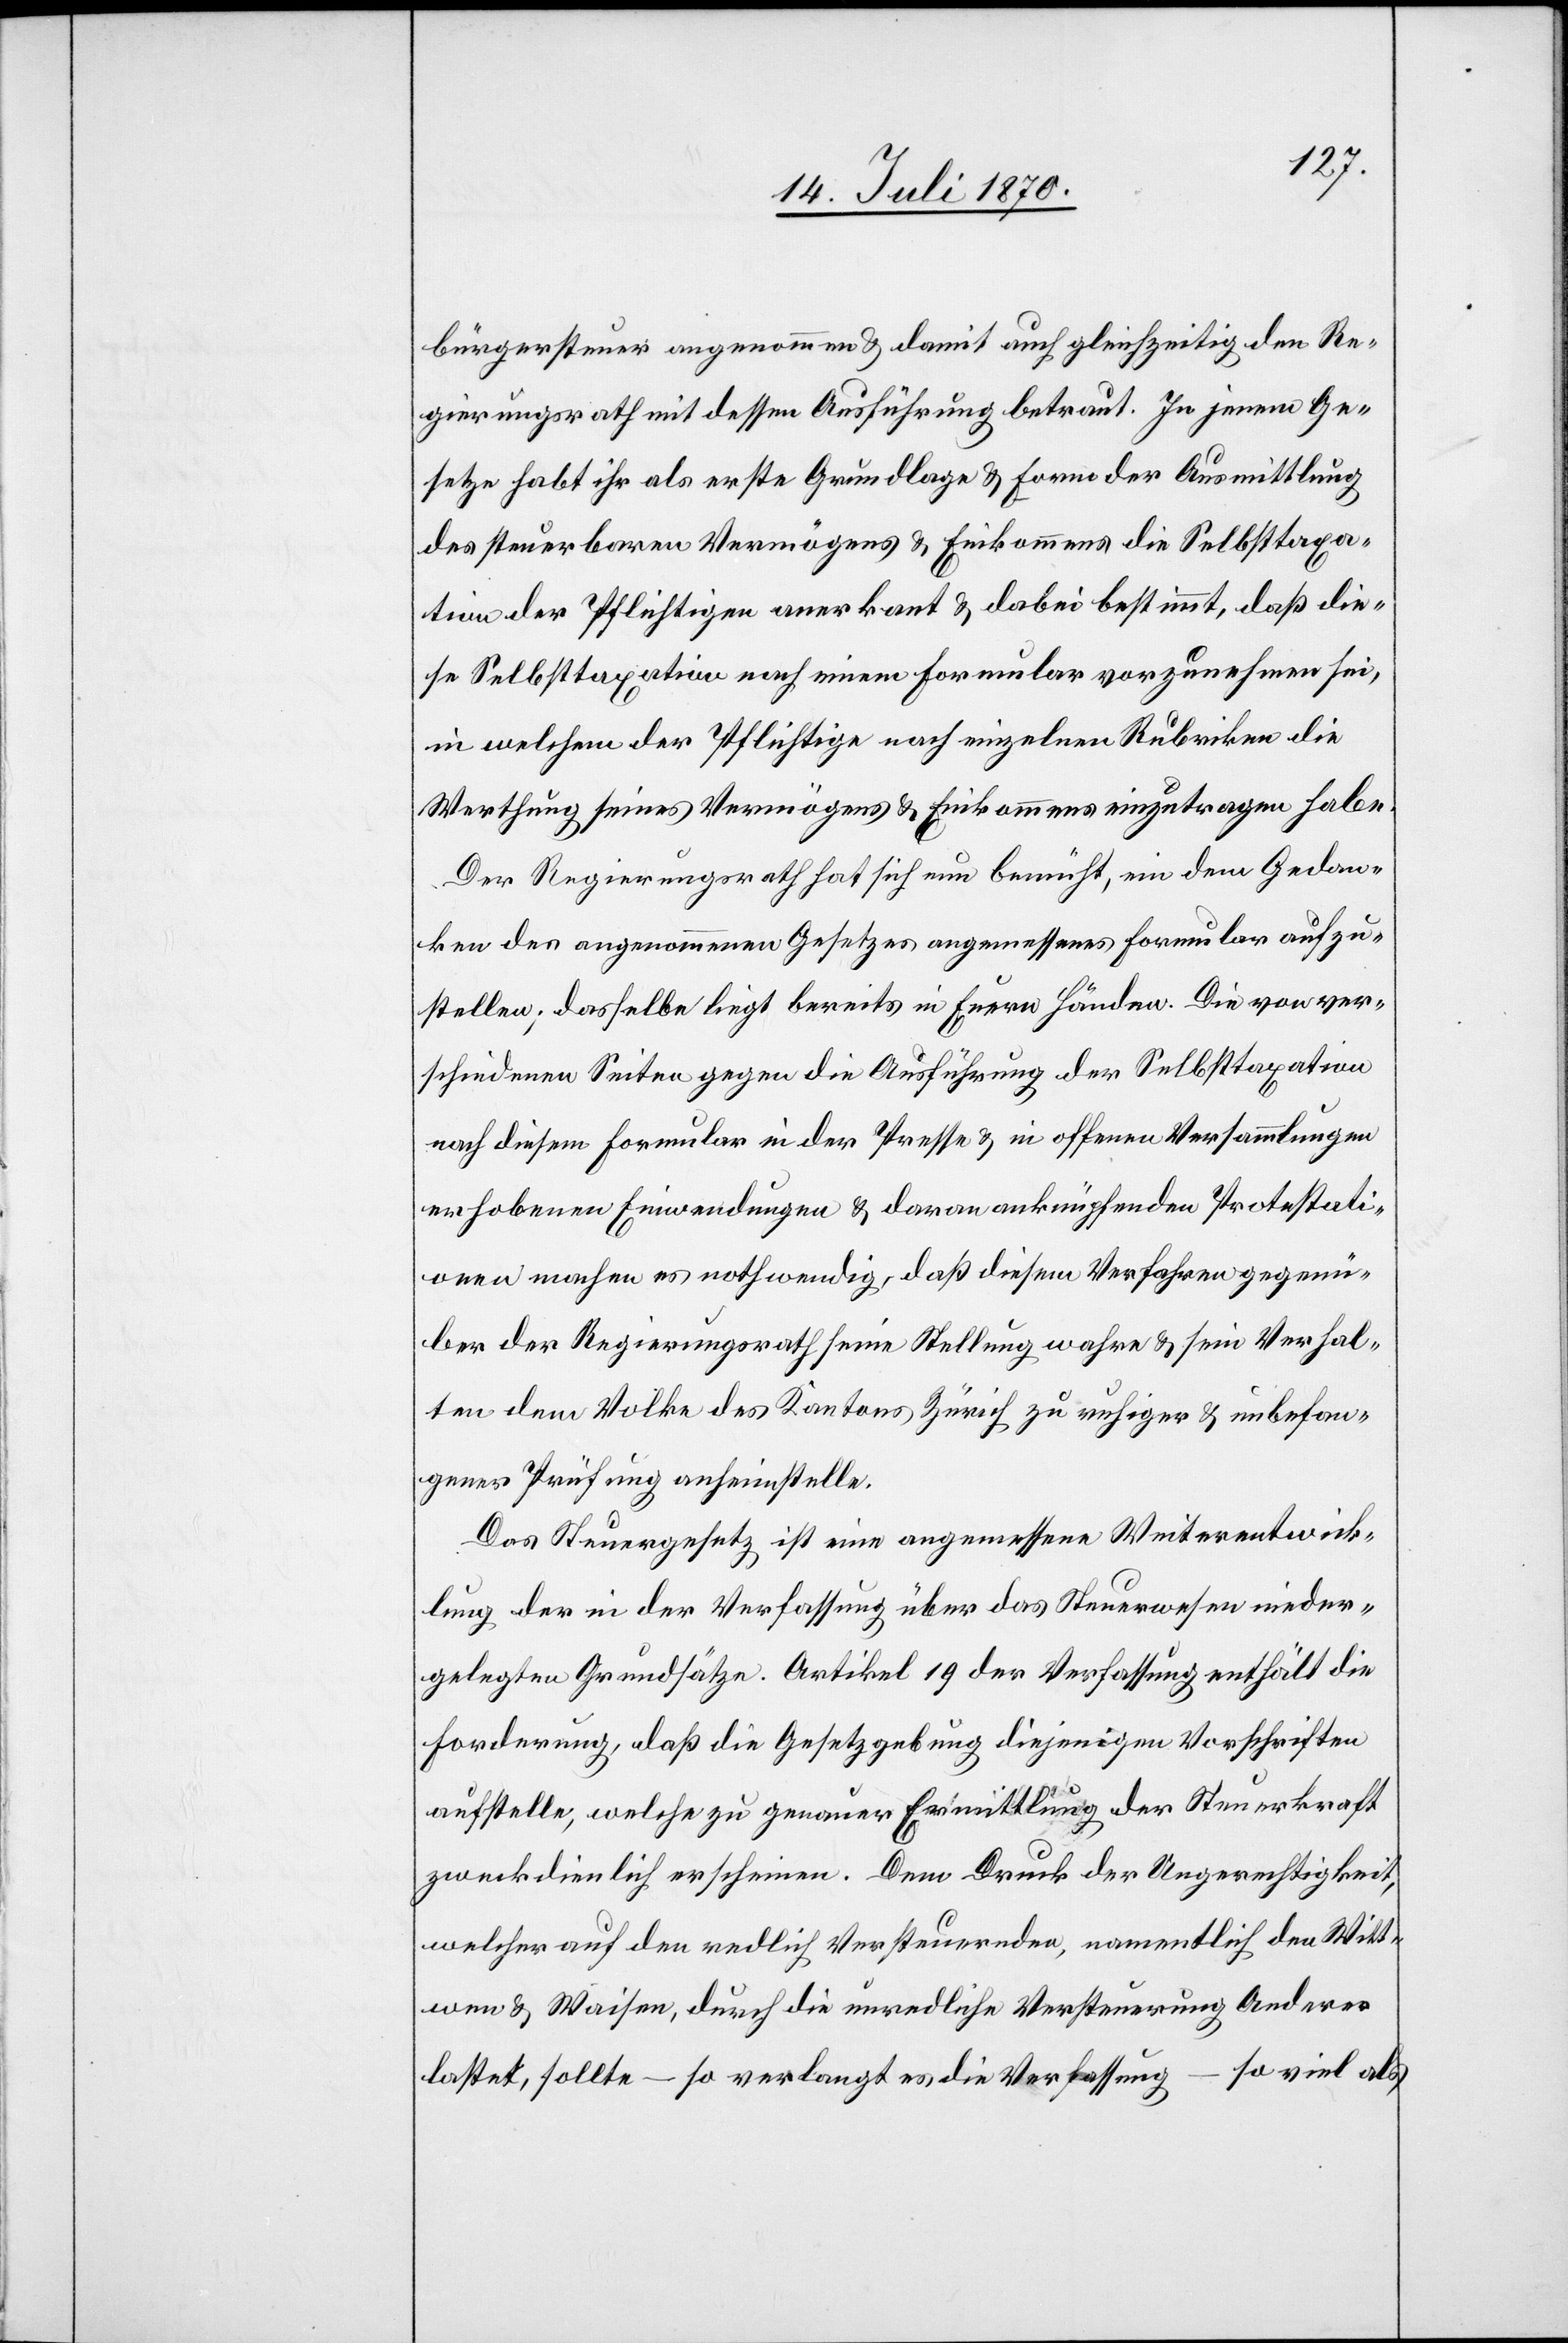
bürgersteuer angenommen & damit auch gleichzeitig den Re¬
gierungsrath mit dessen Ausführung betraut. In jenem Ge¬
setze habt ihr als erste Grundlage & Form der Ausmittlung
des steuerbaren Vermögens & Einkommens die Selbsttaxa¬
tion der Pflichtigen anerkannt & dabei bestimmt, daß die¬
se Selbsttaxation nach einem Formular vorzunehmen sei,
in welchem der Pflichtige nach einzelnen Rubriken die
Werthung seines Vermögens & Einkommens einzutragen habe.
Der Regierungsrath hat sich nun bemüht, ein dem Gedan¬
ken des angenommenen Gesetzes angemessenes Formular aufzu¬
stellen; dasselbe liegt bereits in Euern Händen. Die von ver¬
schiedenen Seiten gegen die Ausführung der Selbsttaxation
nach diesem Formular in der Presse & in offenen Versammlungen
erhobenen Einwendungen & daran anknüpfenden Protestati¬
onen machen es nothwendig, daß diesem Verfahren gegenü¬
ber der Regierungsrath seine Stellung wahre & sein Verhal¬
ten dem Volke des Kantons Zürich zu ruhiger & unbefan¬
gener Prüfung anheimstelle.
Das Steuergesetz ist eine angemessene Weiterentwick¬
lung der in der Verfassung über das Steuerwesen nieder¬
gelegten Grundsätze. Artikel 19 der Verfassung enthält die
Forderung, daß die Gesetzgebung diejenigen Vorschriften
aufstelle, welche zu genauer Ermittlung der Steuerkraft
zweckdienlich erscheinen. Dem Druck der Ungerechtigkeit,
welcher auf den redlich Versteuernden, namentlich den Witt¬
wen & Waisen, durch die unredliche Versteuerung Anderer
lastet, wollte – so verlangt es die Verfassung – so viel als